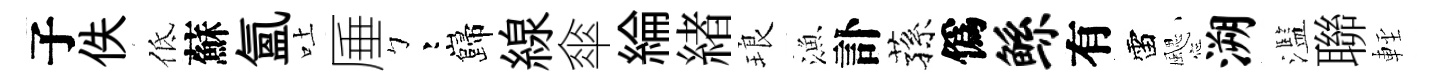
子佚低蘇氳吐厜彎巋線傘綸緖琅漁訃蓀僞鲧有雷颸溯濫聯䡖